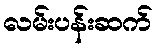
လမ်းပန်းဆက်